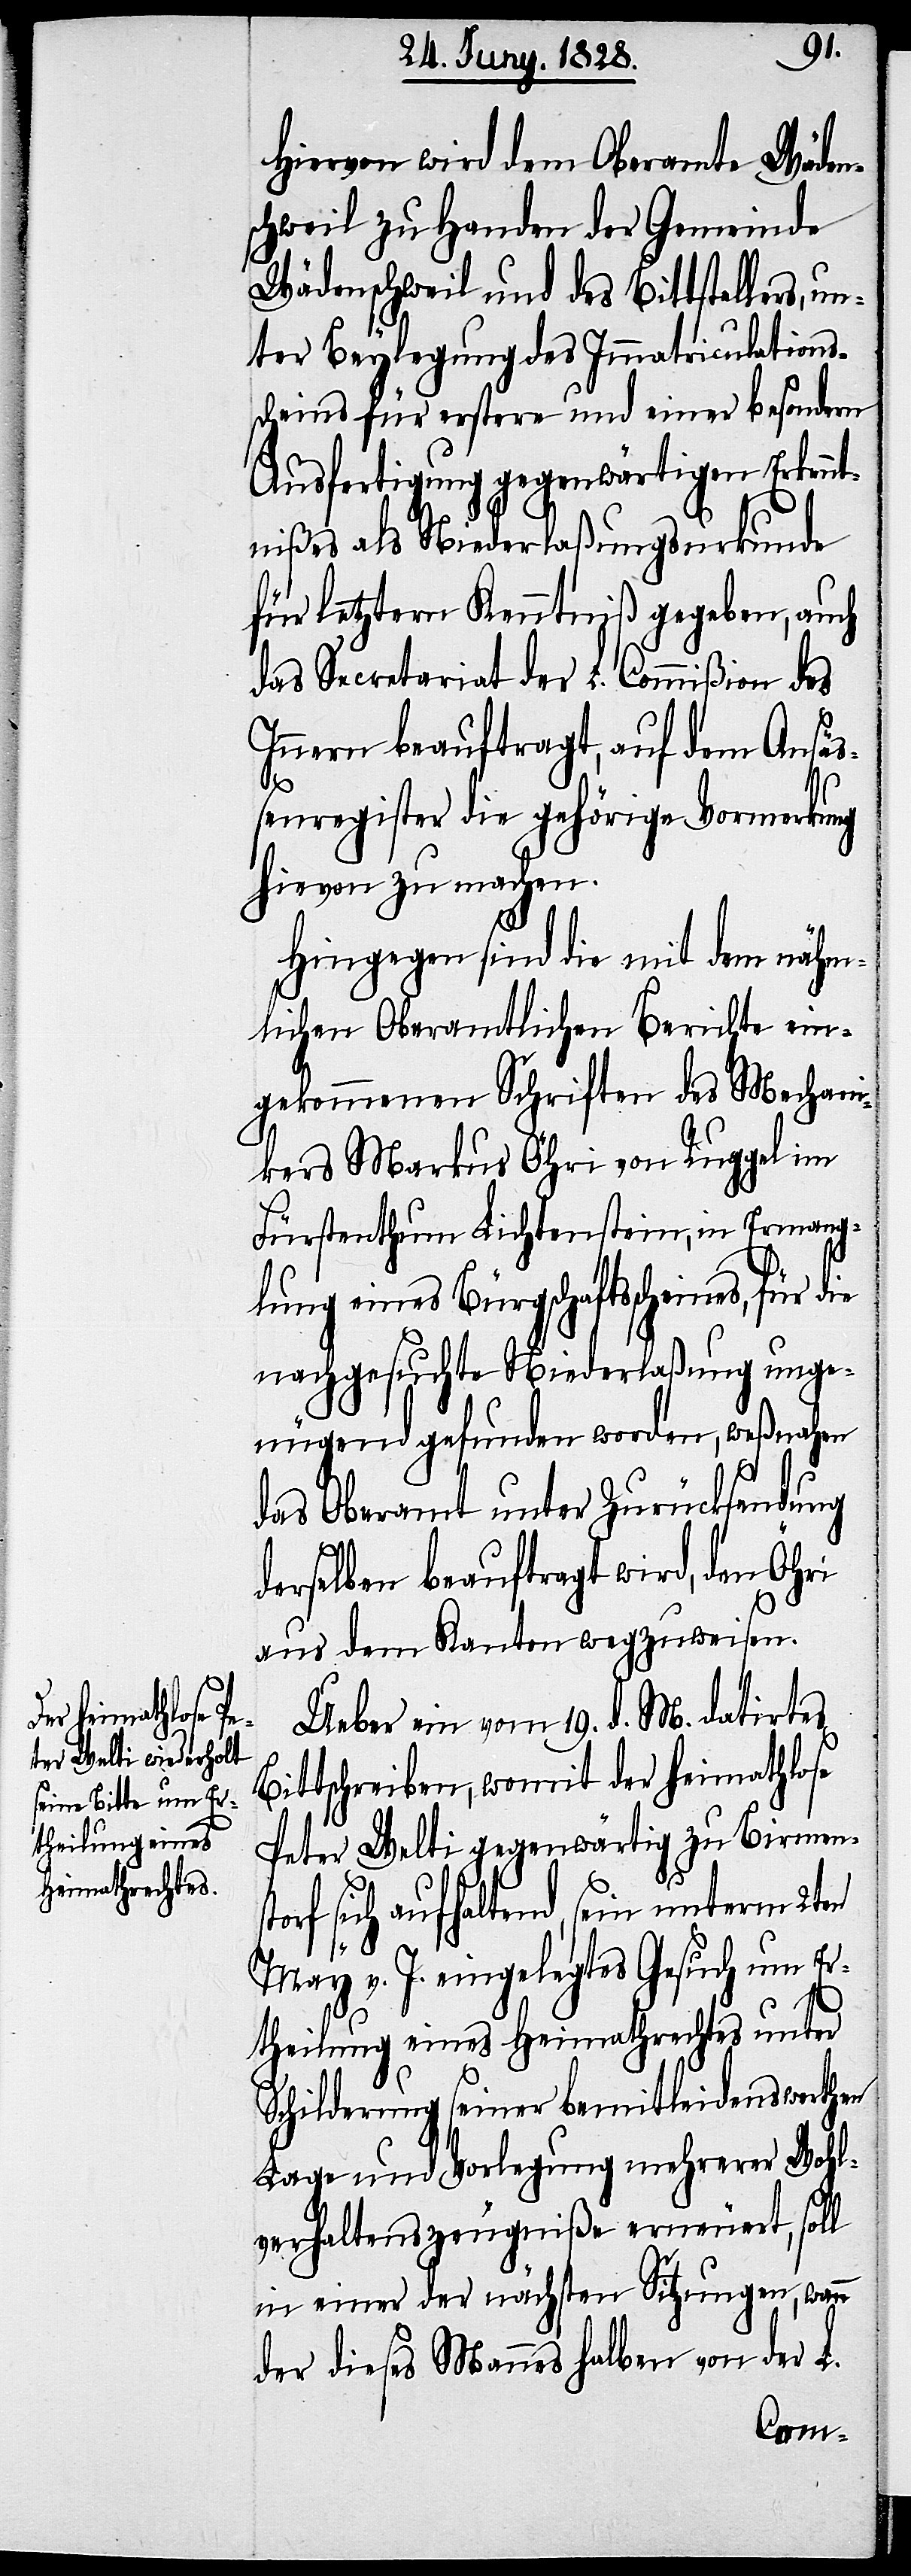
Hiervon wird dem Oberamte Wäden¬
schweil zu Handen der Gemeinde
Wädenschweil und des Bittstellers, un¬
ter Beylegung des Immatriculations¬
scheins für erstere und einer besondern
Ausfertigung gegenwärtigen Erkennt¬
nißes als Niederlaßungsurkunde
für letztern Kenntniß gegeben, auch
das Secretariat der L. Commißion des
Innern beauftragt, auf dem Ansäß¬
enregister die gehörige Vormerkung
hievon zu machen.
Hingegen sind die mit dem nähm¬
lichen Oberamtlichen Berichte ein¬
gekommenen Schriften des Mechan¬
ikers Markus Öhri von Ruggel im
Fürstenthum Lichtenstein, in Ermang¬
lung eines Bürgschaftsscheines, für d¬
nachgesuchte Niederlaßung unge¬
nügend gefunden worden, weßnahen
das Oberamt unter Zurücksendung
derselben beauftragt wird, den Öhri
aus dem Kanton wegzuweisen.
Ueber ein vom 19. d. M. datirtes
Bittschreiben, womit der heimathlose
Peter Welti gegenwärtig zu Birmens¬
torf sich aufhaltend, sein unterm 2ten
May v. J. eingelegtes Gesuch um Er¬
ie
theilung eines Heimathrechtes unter
Schilderung seiner bemitleidenswerthen
Lage und Vorlegung mehrerer Wohl¬
verhaltenszeugniße erneuert, soll
in einer der nächsten Sitzungen, wenn
der dieses Mannes halben von der L.